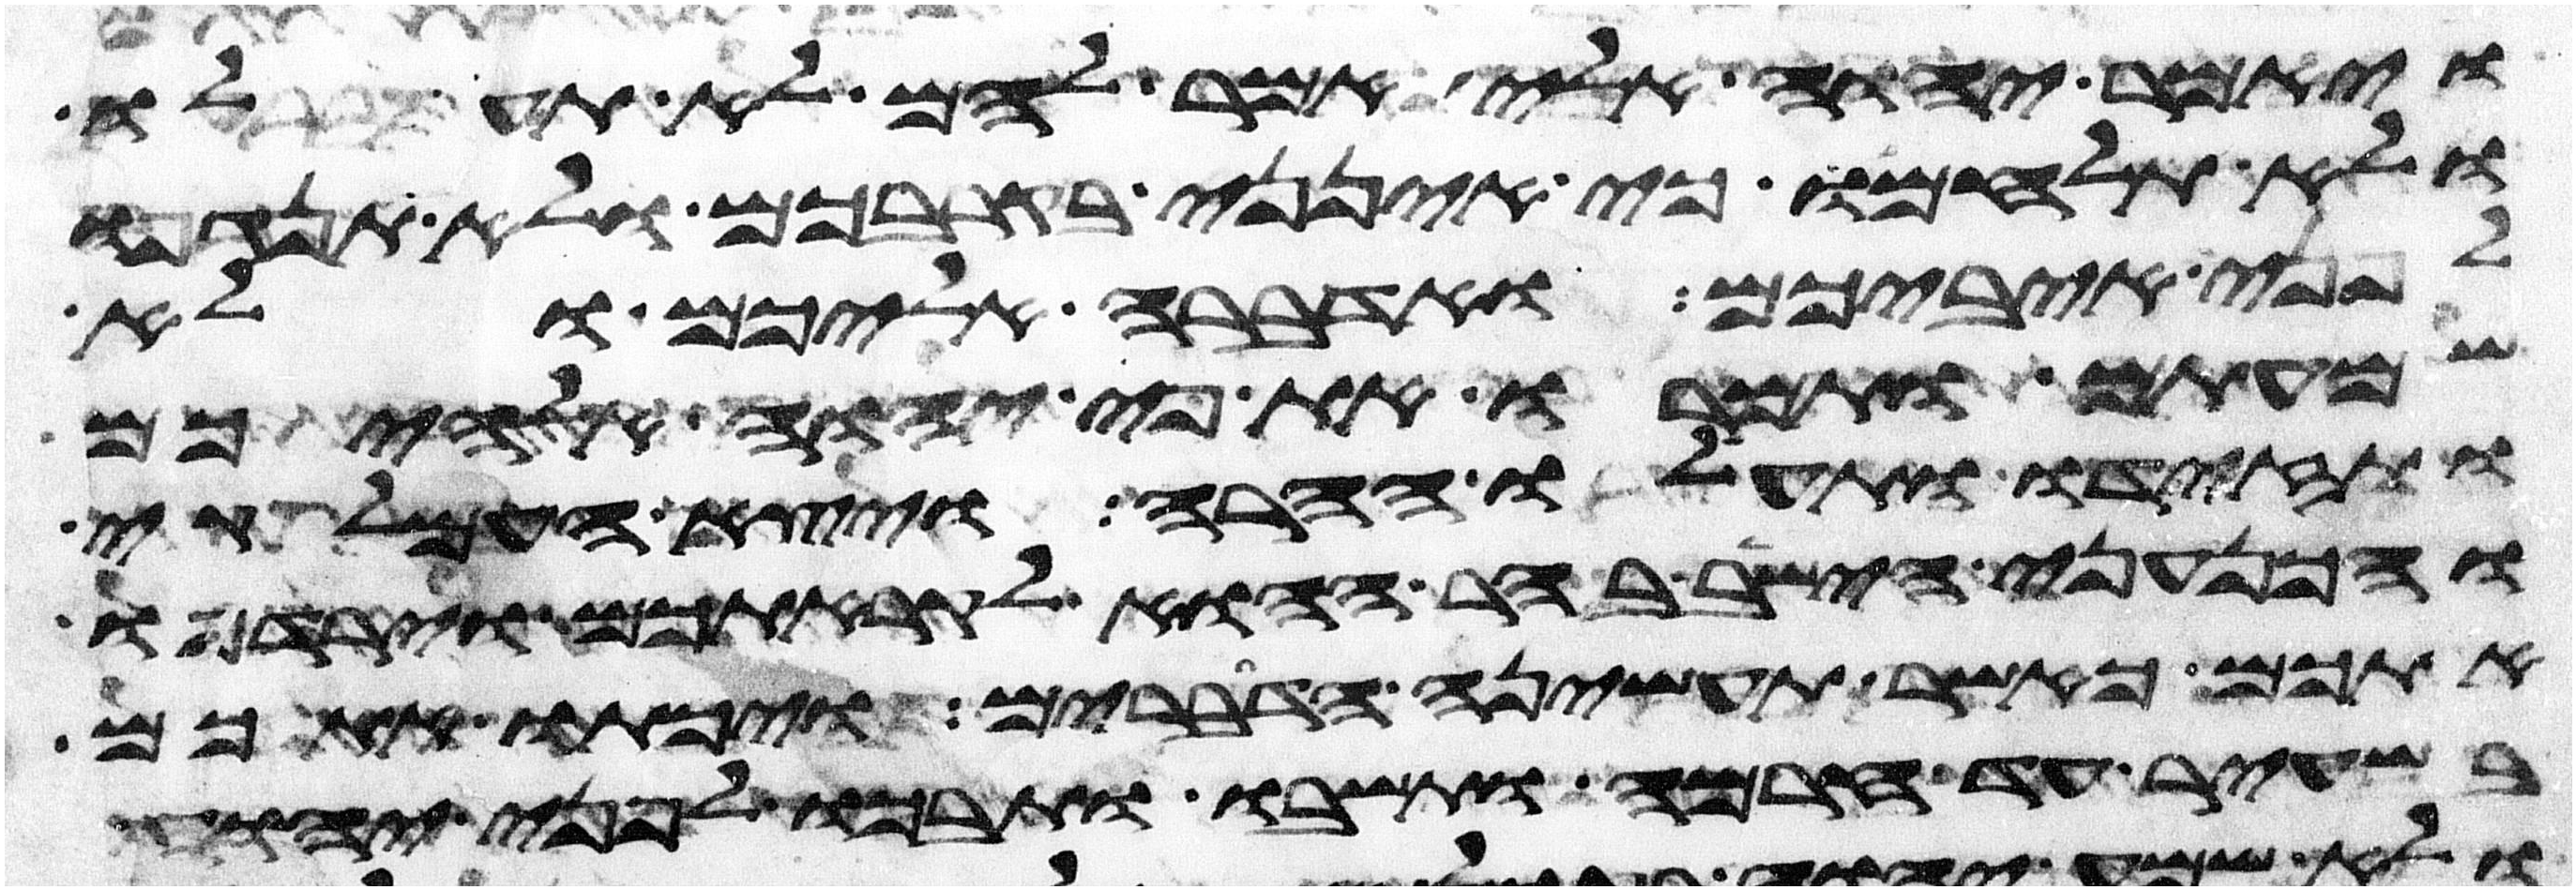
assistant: ויאמר יהוה אלי אמר להם לא תעלו
ולא תלחמו כי אינני בקרבכם ולא תנגפו
לפני איביכם ואדברה אליכם ולא
שמעתם ותמרו את פי יהוה אלהיכם
ותזידו ותעלו ההרה ויצא העמלקי
והכנעני הישב בהר ההוא לקראתכם וירדפו
אתכם כאשר תעשינה הדברים ויכתו אתכם
בשעיר עד חרמה ותשבו ותבכו לפני יהוה